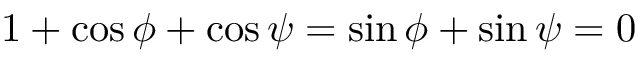
1 + \cos \phi + \cos \psi = \sin \phi + \sin \psi = 0